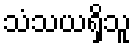
သံသယရှိသူ